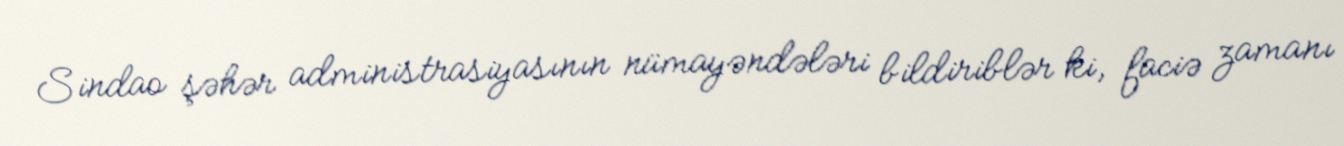
Sindao şəhər administrasiyasının nümayəndələri bildiriblər ki, faciə zamanı